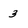
Character: 3